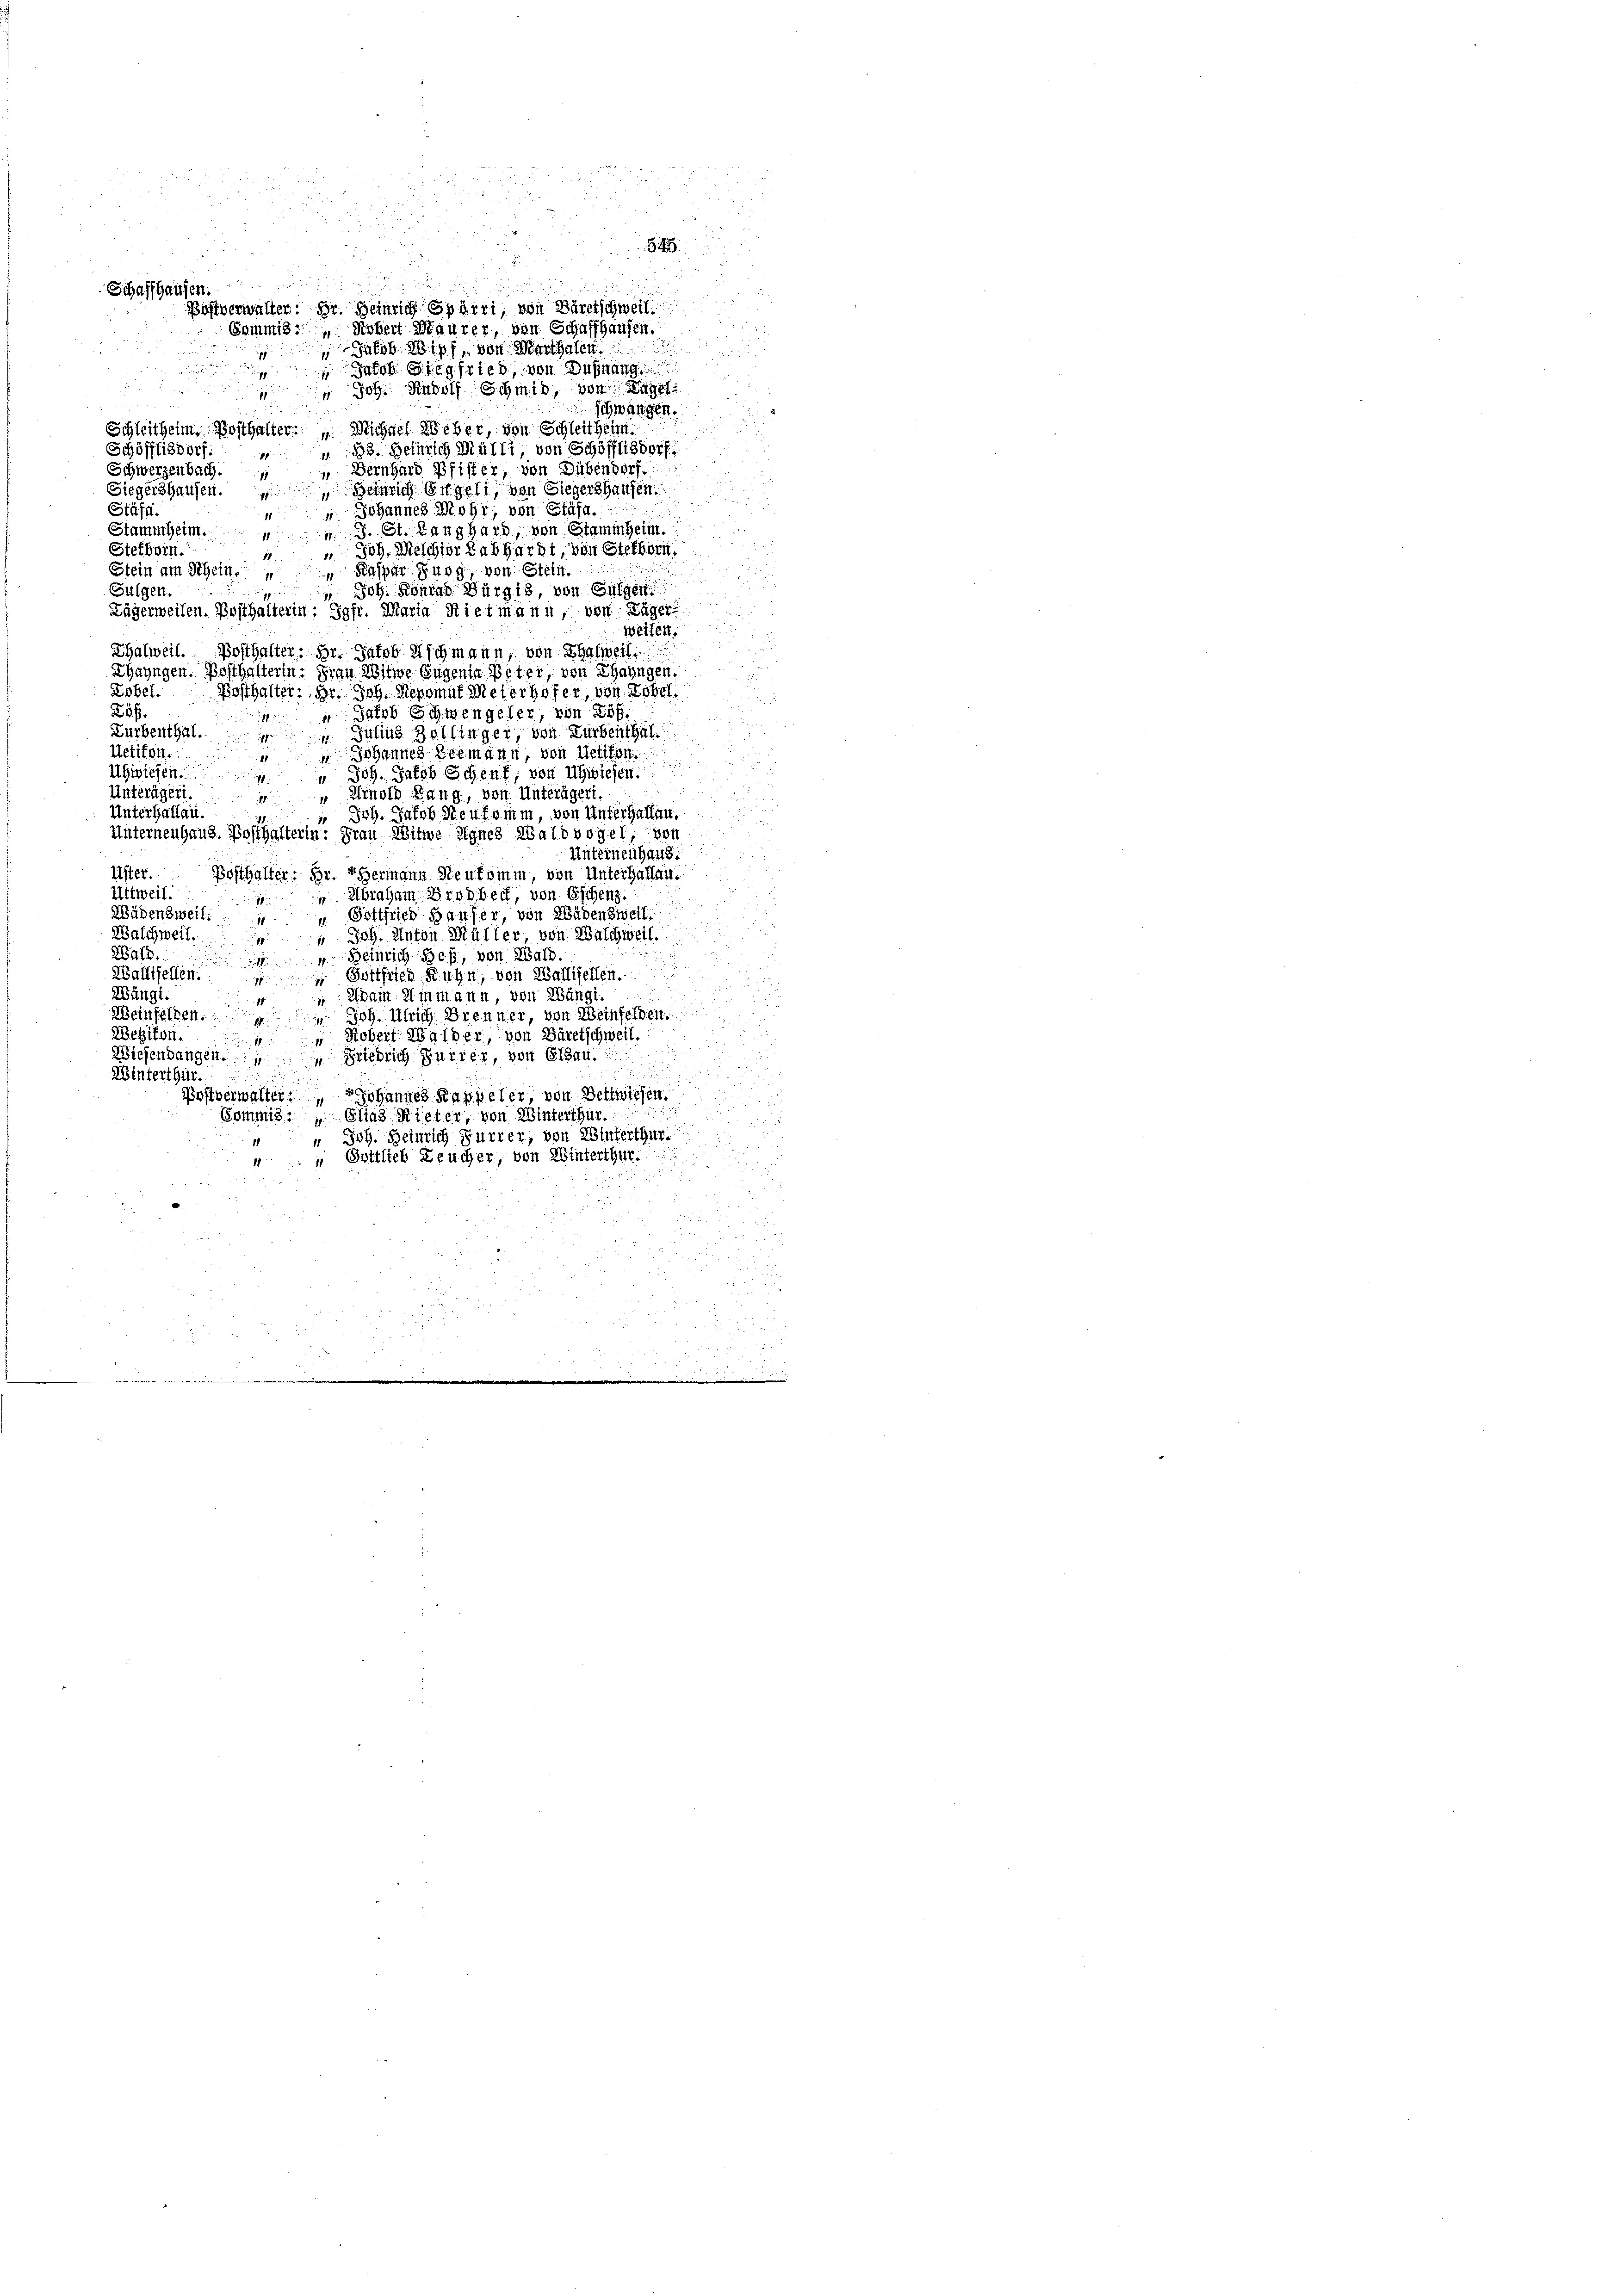
Schaffhausen.

Jakob Wipf, von Marthalen
 Jacob Siegfried, von Dußnang
.
 Joh. Rudolf Schmid, von Lage
p
schwangen.
Schleitheim Posthalter: " Michael Weber, von Schleitheim
Schöfflisdorf:
 38. Beinrich Mülli, von Schöfflisdorf
1
Bernhard Pfister, von Dübendorf.
Schwerzenbach.
18
Heinrich Engeli, von Siegershausen.
Siegershausen.
 Johannes Mohr, von Stäfa.
Stäff.
Stammheim.
 . St. Langhard, von Stammheim.
Stefborn.
 Joh. Melchior Labhardt, von Stefforn
11
Stein am Schein. Kaspar Burg, von Stein.
Gülgen.
 Joh. Konrad Bürgi, von Gülgen
.
Lägerweisen. Posthalterin: Jgfr. Maria Rietmann, von Lager
weilen.
Thalweil. Posthalter: Hr. Jakob Aschmann, von Thalweil
Thayngen Posthalterin. Frau Witwe Eugenia Peter, von Thayngen.
Lobel. Posthalter: Hr. Joh. Nepomut, Meterhofer, von Zobel
Löf
Jakob Schwengeler, von Lös
i
1
Zurbenthal.
 Julius Zollinger, von Turbenthal
Uetikon.
 Johannes Leemann, von Uetikon.
Uhwiesen.
1. Joh. Jakob Schenk, von Uhwiesen

Unterägert.
 Arnold Rang, von Unterägert.
Unterhaflau.
Joh. Jakob Steufamm, von Unterhalten.
Unterneuhaus. Bosthalterin: Frau Witwe Agnes Waldvogel, von

Unterneuhaus.
Uster. Bosthalter Hr. Ehermann Steukomm, von Unterhallan¬
Uttweil.
 Abraham Brodbeck, von Eschenz.
1
Wädensweil:
u Gottfried Hauser, von Wädensweil.
 Joh. Anton Müller, von Waschweil.
Walchweil.
Wald.
Beinrich Heß, von Wald
Gottfried Ruhn, von Wallisellen.
Wallifellen
Wängi
edam Ammann, von Wängi
1
Weinselben. Joh. Ulrich Brenner, von Weinfelden.
Wehiton. Robert Walder, von Bäretschweil.
Wiesenbangen. Friedrich Furrer, von Glau

Winterthur.
Postverwalter, Johannes Kappeler, von Bettwiesen.
Commis.   Elias Rieter, von Winterthur.
 Joh. Heinrich Furrer, von Winterthur.
 Gottlieb Leucher, von Winterthur.

Böslverwalter: Hr. Heinrich Spörri, von Bäretschweil
Commis. Robert Maurer, von Schaffhausen.

5
545

2